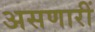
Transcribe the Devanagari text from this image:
असणारीं